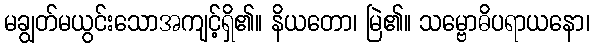
မချွတ်မယွင်းသောအကျင့်ရှိ၏။ နိယတော၊ မြဲ၏။ သမ္ဗောဓိပရာယနော၊